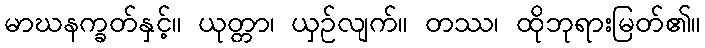
မာဃနက္ခတ်နှင့်။ ယုတ္တာ၊ ယှဉ်လျက်။ တဿ၊ ထိုဘုရားမြတ်၏။